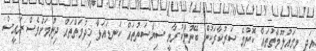
އަދި މިމައުލޫމާތުތައް ކޮންމެ ސަރުކާރަކުން ބޭނުންކުރާނީ ސިޔާސަތުތައް ކަނޑައަޅާ ޚިދުމަތްތައް ދިނުމަށްވެސް ރައީސް